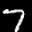
Label: 7